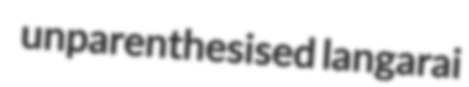
unparenthesised langarai